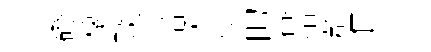
磴榱琰培夭恍的奄恒群准